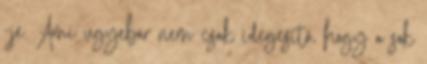
-je. Ami ugyebár nem csak idegesítő, hogy a sok